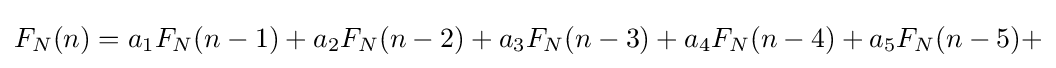
F_{N}(n)=a_{1}F_{N}(n-1)+a_{2}F_{N}(n-2)+a_{3}F_{N}(n-3)+a_{4}F_{N}(n-4)+a_{5}F_{N}(n-5)+